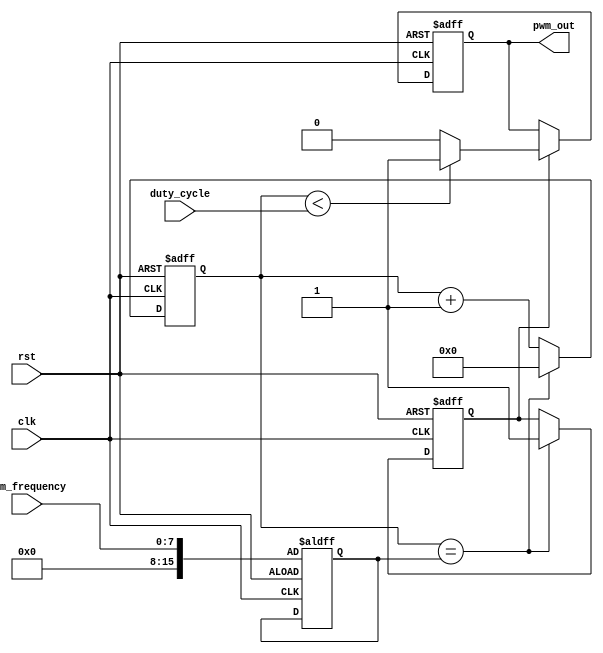
module pwm_generator (
    input wire clk,
    input wire rst,
    input wire [7:0] pwm_frequency,
    input wire [7:0] duty_cycle,
    output reg pwm_out
);

reg [15:0] counter;
reg [15:0] threshold;
reg sync;

always @(posedge clk or posedge rst) begin
    if (rst) begin
        counter <= 16'b0;
        threshold <= pwm_frequency;
        sync <= 1'b0;
    end else begin
        counter <= counter + 1;
        if (counter == threshold) begin
            counter <= 16'b0;
            sync <= 1'b1;
        end
    end
end

always @(posedge clk or posedge rst) begin
    if (rst) begin
        pwm_out <= 1'b0;
    end else begin
        if (sync) begin
            if (counter < duty_cycle) begin
                pwm_out <= 1'b1;
            end else begin
                pwm_out <= 1'b0;
            end
        end
    end
end

endmodule